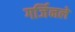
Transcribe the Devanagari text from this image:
गर्जिनले